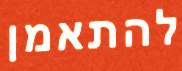
להתאמן